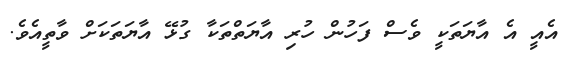
އެއީ އެ އާޔަތަކީ ވެސް ފަހުން ހުރި އާޔަތްތަކާ ގުޅޭ އާޔަތަކަށް ވާތީއެވެ.